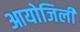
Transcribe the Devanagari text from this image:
आयोजिली